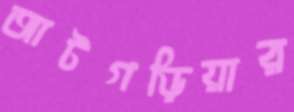
আটগড়িয়ার